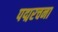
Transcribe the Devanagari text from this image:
पद्मरचना